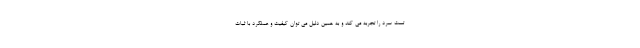
تست سرد را تجربه می کند و به همین دلیل می توان کیفیت و عملکرد با ثبات